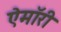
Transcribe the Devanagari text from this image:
ऐमॉरी